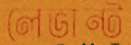
লেভান্ট